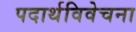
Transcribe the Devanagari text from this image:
पदार्थविवेचना